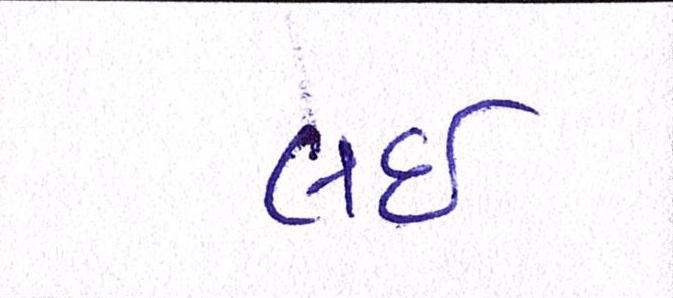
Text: લઇ